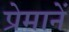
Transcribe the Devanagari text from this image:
प्रेमानें